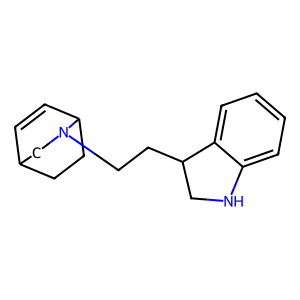
SMILES: C1=CC2CCC1CN2CCC1CNc2ccccc21
Inhibits HIV replication: No